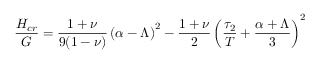
\frac { H _ { c r } } { G } = \frac { 1 + \nu } { 9 ( 1 - \nu ) } \left( \alpha - \Lambda \right) ^ { 2 } - \frac { 1 + \nu } { 2 } \left( \frac { \tau _ { 2 } } { T } + \frac { \alpha + \Lambda } { 3 } \right) ^ { 2 }